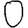
Digit: 0